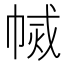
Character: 𢄅